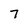
Character: 7